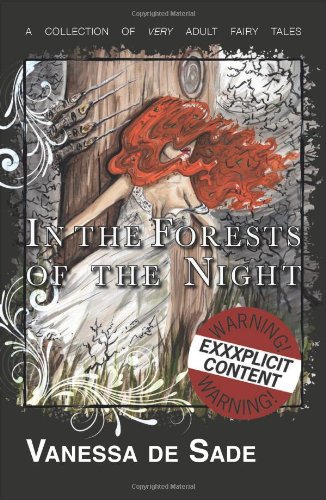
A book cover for In the Forests of the Night: An illustrated collection of very adult fairy tales; Vanessa de Sade; Romance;